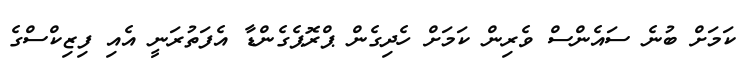
ކަމަށް ބުނެ ސައެެންސް ވެރިން ކަމަށް ހެދިގެން ޕްރޮޕެގެންޑާ އެފަތުރަނީ އެއި ފިޒިކްސްގެ